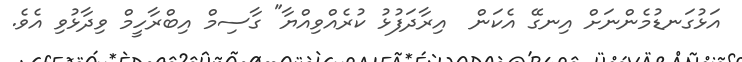
އަޅުގަނޑުމެންނަށް އިނގޭ އެކަން  އިރާދަފުޅު ކުރެއްވިއްޔާ" ގާސިމް އިބްރާހީމް ވިދާޅުވި އެވެ.